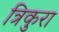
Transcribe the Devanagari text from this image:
त्रिकुरा